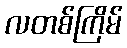
လတစ်ကြိမ်